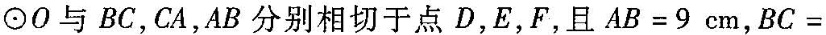
⊙O与BC，CA，AB分别相切于点D，E，F，且$$A B = 9 c m$$，$$B C =